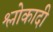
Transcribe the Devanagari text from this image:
श्लोकादी